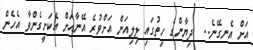
އަށް އެނގޭނެ..  ދިޔާންގެ ހިތުގައި ލިލިއަން އަށްވުރެ އޭނާއަށް އެކަށީގެންވާ އެހެން